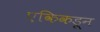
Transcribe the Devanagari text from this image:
एकिकडून